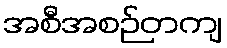
အစီအစဉ်တကျ